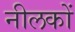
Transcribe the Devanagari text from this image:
नीलकों